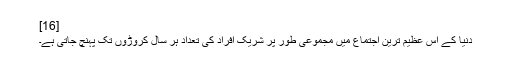
[16]
دنیا کے اس عظیم ترین اجتماع میں مجموعی طور پر شریک افراد کی تعداد ہر سال کروڑوں تک پہنچ جاتی ہے۔